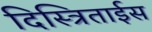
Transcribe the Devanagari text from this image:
दिस्त्रिताईस